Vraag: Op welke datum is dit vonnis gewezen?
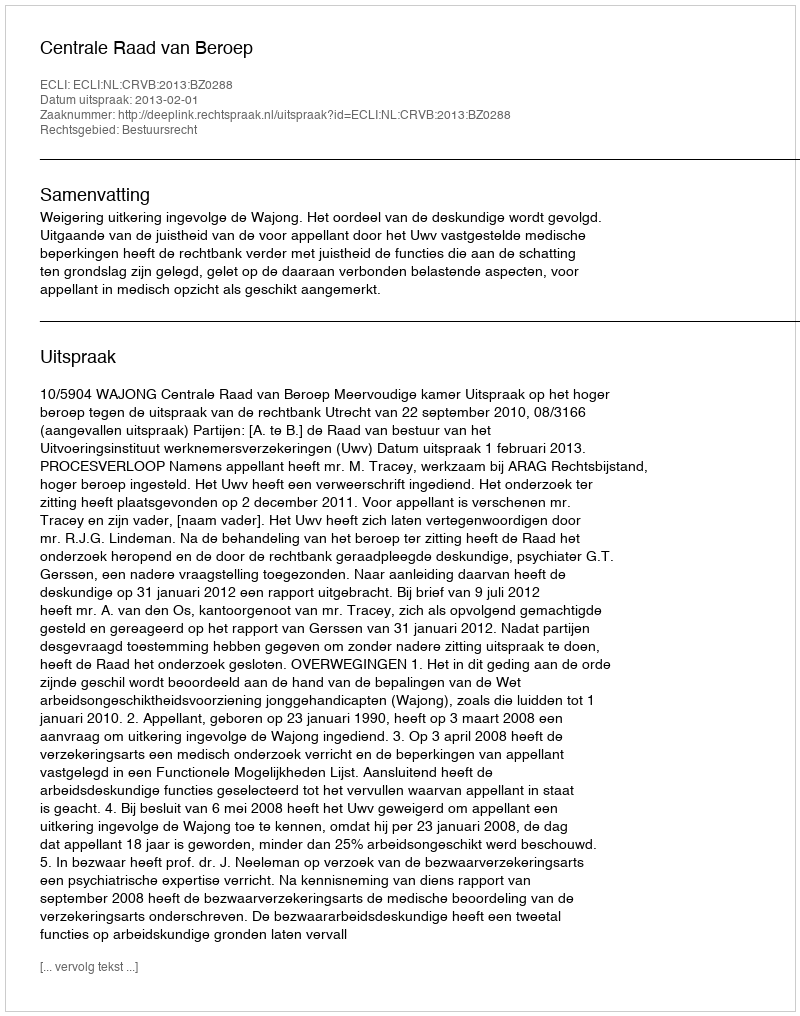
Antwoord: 2013-02-01